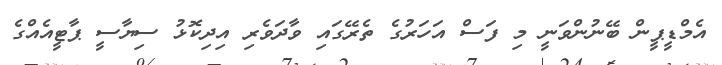
އެމްޑީޕީން ބޭނުންވަނީ މި ފަސް އަހަރުގެ ތެރޭގައި ވާދަވެރި އިދިކޮޅު ސިޔާސީ ޕާޓީއެއްގެ